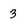
Character: 3